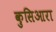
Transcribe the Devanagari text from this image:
कुसिआरा